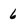
Character: 6